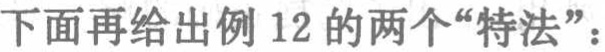
下面再给出例 12 的两个“特法”：